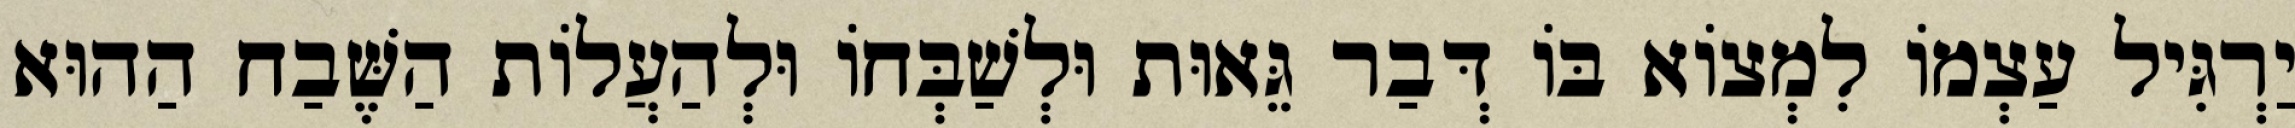
יַרְגִּיל עַצְמוֹ לִמְצוֹא בּוֹ דְּבַר גֵּאוּת וּלְשַׁבְּחוֹ וּלְהַעֲלוֹת הַשֶּׁבַח הַהוּא